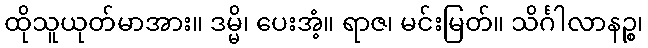
ထိုသူယုတ်မာအား။ ဒမ္မိ၊ ပေးအံ့။ ရာဇ၊ မင်းမြတ်။ သိင်္ဂါလာနဉ္စ၊